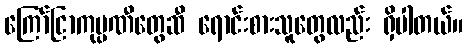
ကြော်ငြာကုမ္ပဏီတွေဆီ ရောင်းစားသူတွေလည်း ရှိပါတယ်။